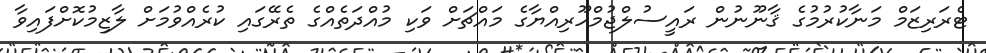
ޓެރަރިޒަމް މަނާކުރުމުގެ ޤާނޫނުން ރައީސުލްޖުމްހޫރިއްޔާގެ މައްޗަށް ވަކި މުއްދަތެއްގެ ތެރޭގައި ކުރެއްވުމަށް ލާޒިމުކޮށްފައިވާ